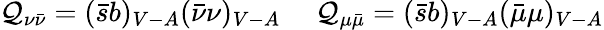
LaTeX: \mathcal{Q}_{\nu\bar{{\nu}}}=(\bar{{s}}b)_{V-A}(\bar{{\nu}}\nu)_{V-A}~~~~~\mathcal{Q}_{\mu\bar{{\mu}}}=(\bar{{s}}b)_{V-A}(\bar{{\mu}}\mu)_{V-A}